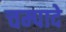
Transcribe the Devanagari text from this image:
चम्पादे